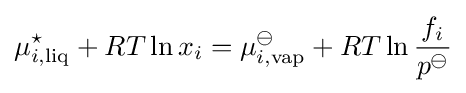
\mu _{i,{\text{liq}}}^{\star }+RT\ln x_{i}=\mu _{i,{\text{vap}}}^{\ominus }+RT\ln {\frac {f_{i}}{p^{\ominus }}}